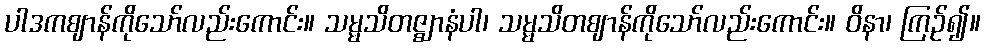
ပါဒကဈာန်ကိုသော်လည်းကောင်း။ သမ္မသိတဇ္ဈာနံပါ၊ သမ္မသိတဈာန်ကိုသော်လည်းကောင်း။ ဝိနာ၊ ကြဉ်၍။